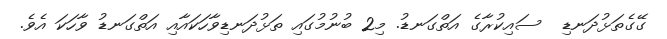
ގޭގެތަޅުދަނޑި  ސައިކުރާގެ އަތްގަނޑު. މި2 ބުނުމުގައި ތަޅުދަނޑިވާހަކައާއި އަތްގަނޑު ވާހަކަ އެވެ.